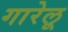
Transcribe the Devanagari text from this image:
गारेलू